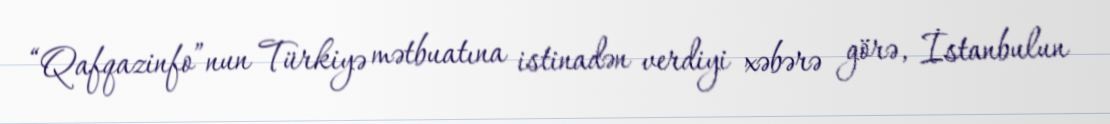
“Qafqazinfo”nun Türkiyə mətbuatına istinadən verdiyi xəbərə görə, İstanbulun